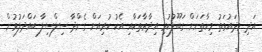
އަދި މިދައުވަތު މިހާތަނަށް ގަބޫލުކުރި އިދާރާތަކާއި އެކު ކުރިއަށް ގެންދާ ސިލްސިލާ ބައްދަލުވުން